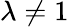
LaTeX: \lambda\neq 1